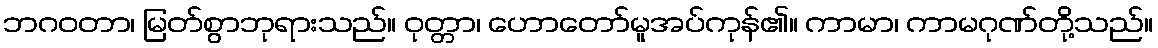
ဘဂဝတာ၊ မြတ်စွာဘုရားသည်။ ဝုတ္တာ၊ ဟောတော်မူအပ်ကုန်၏။ ကာမာ၊ ကာမဂုဏ်တို့သည်။